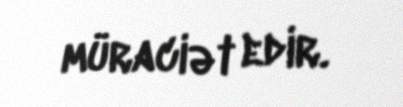
müraciət edir.